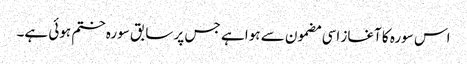
اس سورہ کا آغاز اسی مضمون سے ہوا ہے جس پر سابق سورہ ختم ہوئی ہے۔